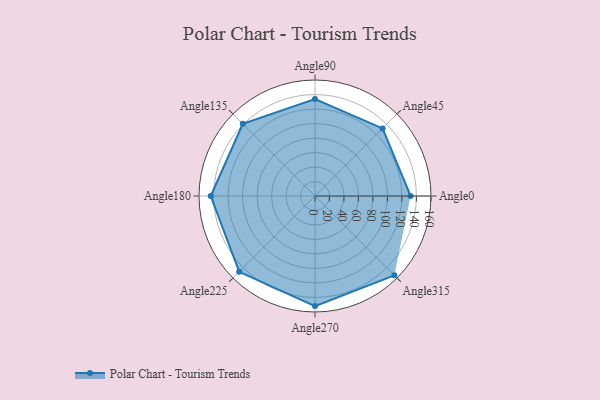
{"axis": {"x": "Angle", "y": "Radius"}, "legend": [""], "data": [{"x": "Angle0", "y": 132.0, "type": ""}, {"x": "Angle45", "y": 132.0, "type": ""}, {"x": "Angle90", "y": 134.0, "type": ""}, {"x": "Angle135", "y": 141.0, "type": ""}, {"x": "Angle180", "y": 144.0, "type": ""}, {"x": "Angle225", "y": 148.0, "type": ""}, {"x": "Angle270", "y": 152.0, "type": ""}, {"x": "Angle315", "y": 155.0, "type": ""}]}